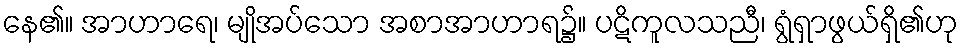
နေ၏။ အာဟာရေ၊ မျိုအပ်သော အစာအာဟာရ၌။ ပဋိကူလသညီ၊ ရွံရှာဖွယ်ရှိ၏ဟု